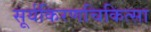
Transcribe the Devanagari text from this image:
सूर्यकिरणचिकित्सा